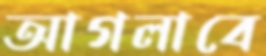
আগলাবে